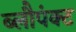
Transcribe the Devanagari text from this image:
ब्लौपंक्ट